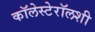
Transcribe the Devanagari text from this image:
कॉलेस्टेरॉलशी